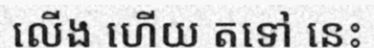
លើង ហើយ តទៅ នេះ